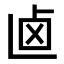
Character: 𠧟